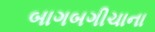
બાગબગીચાના